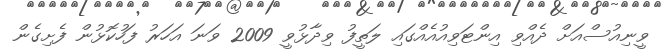
ވީނިއުސްއަށް ދެއްވި އިންޓަވިއުއެއްގައި ލަތީފު ވިދާޅުވީ 2009 ވަނަ އަހަރު ފަހުކޮޅުން ފެށިގެން